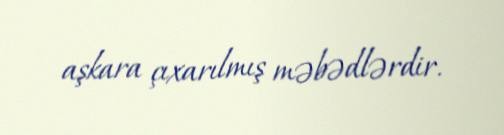
aşkara çıxarılmış məbədlərdir.